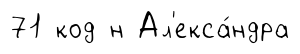
71 код н Ал'екса́ндра